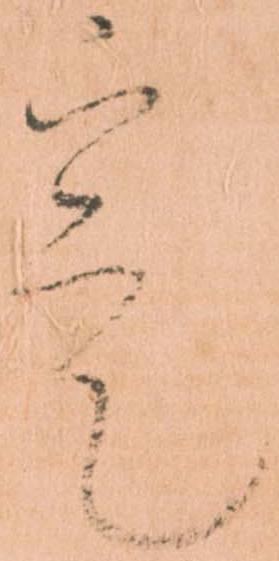
寔